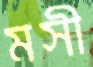
মসী